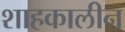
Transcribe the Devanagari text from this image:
शाहकालीन